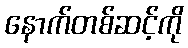
နောက်တစ်ဆင့်ကို